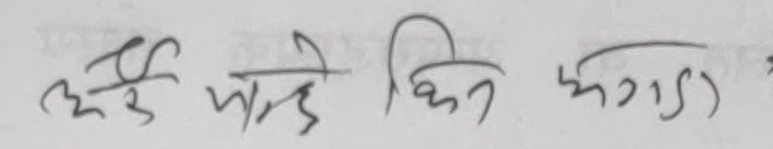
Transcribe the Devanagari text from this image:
उठ्दै पार्दै किन झगडा